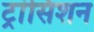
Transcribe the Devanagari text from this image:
ट्रांसिशन